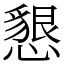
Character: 懇